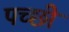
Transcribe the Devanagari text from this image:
पच्‍छी